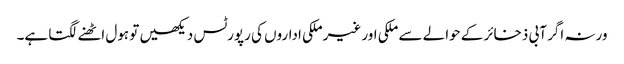
ورنہ اگر آبی ذخائر کے حوالے سے ملکی اور غیرملکی اداروں کی رپورٹس دیکھیں تو ہول اٹھنے لگتا ہے۔